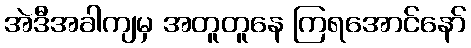
အဲဒီအခါကျမှ အတူတူနေ ကြရအောင်နော်